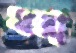
খরা